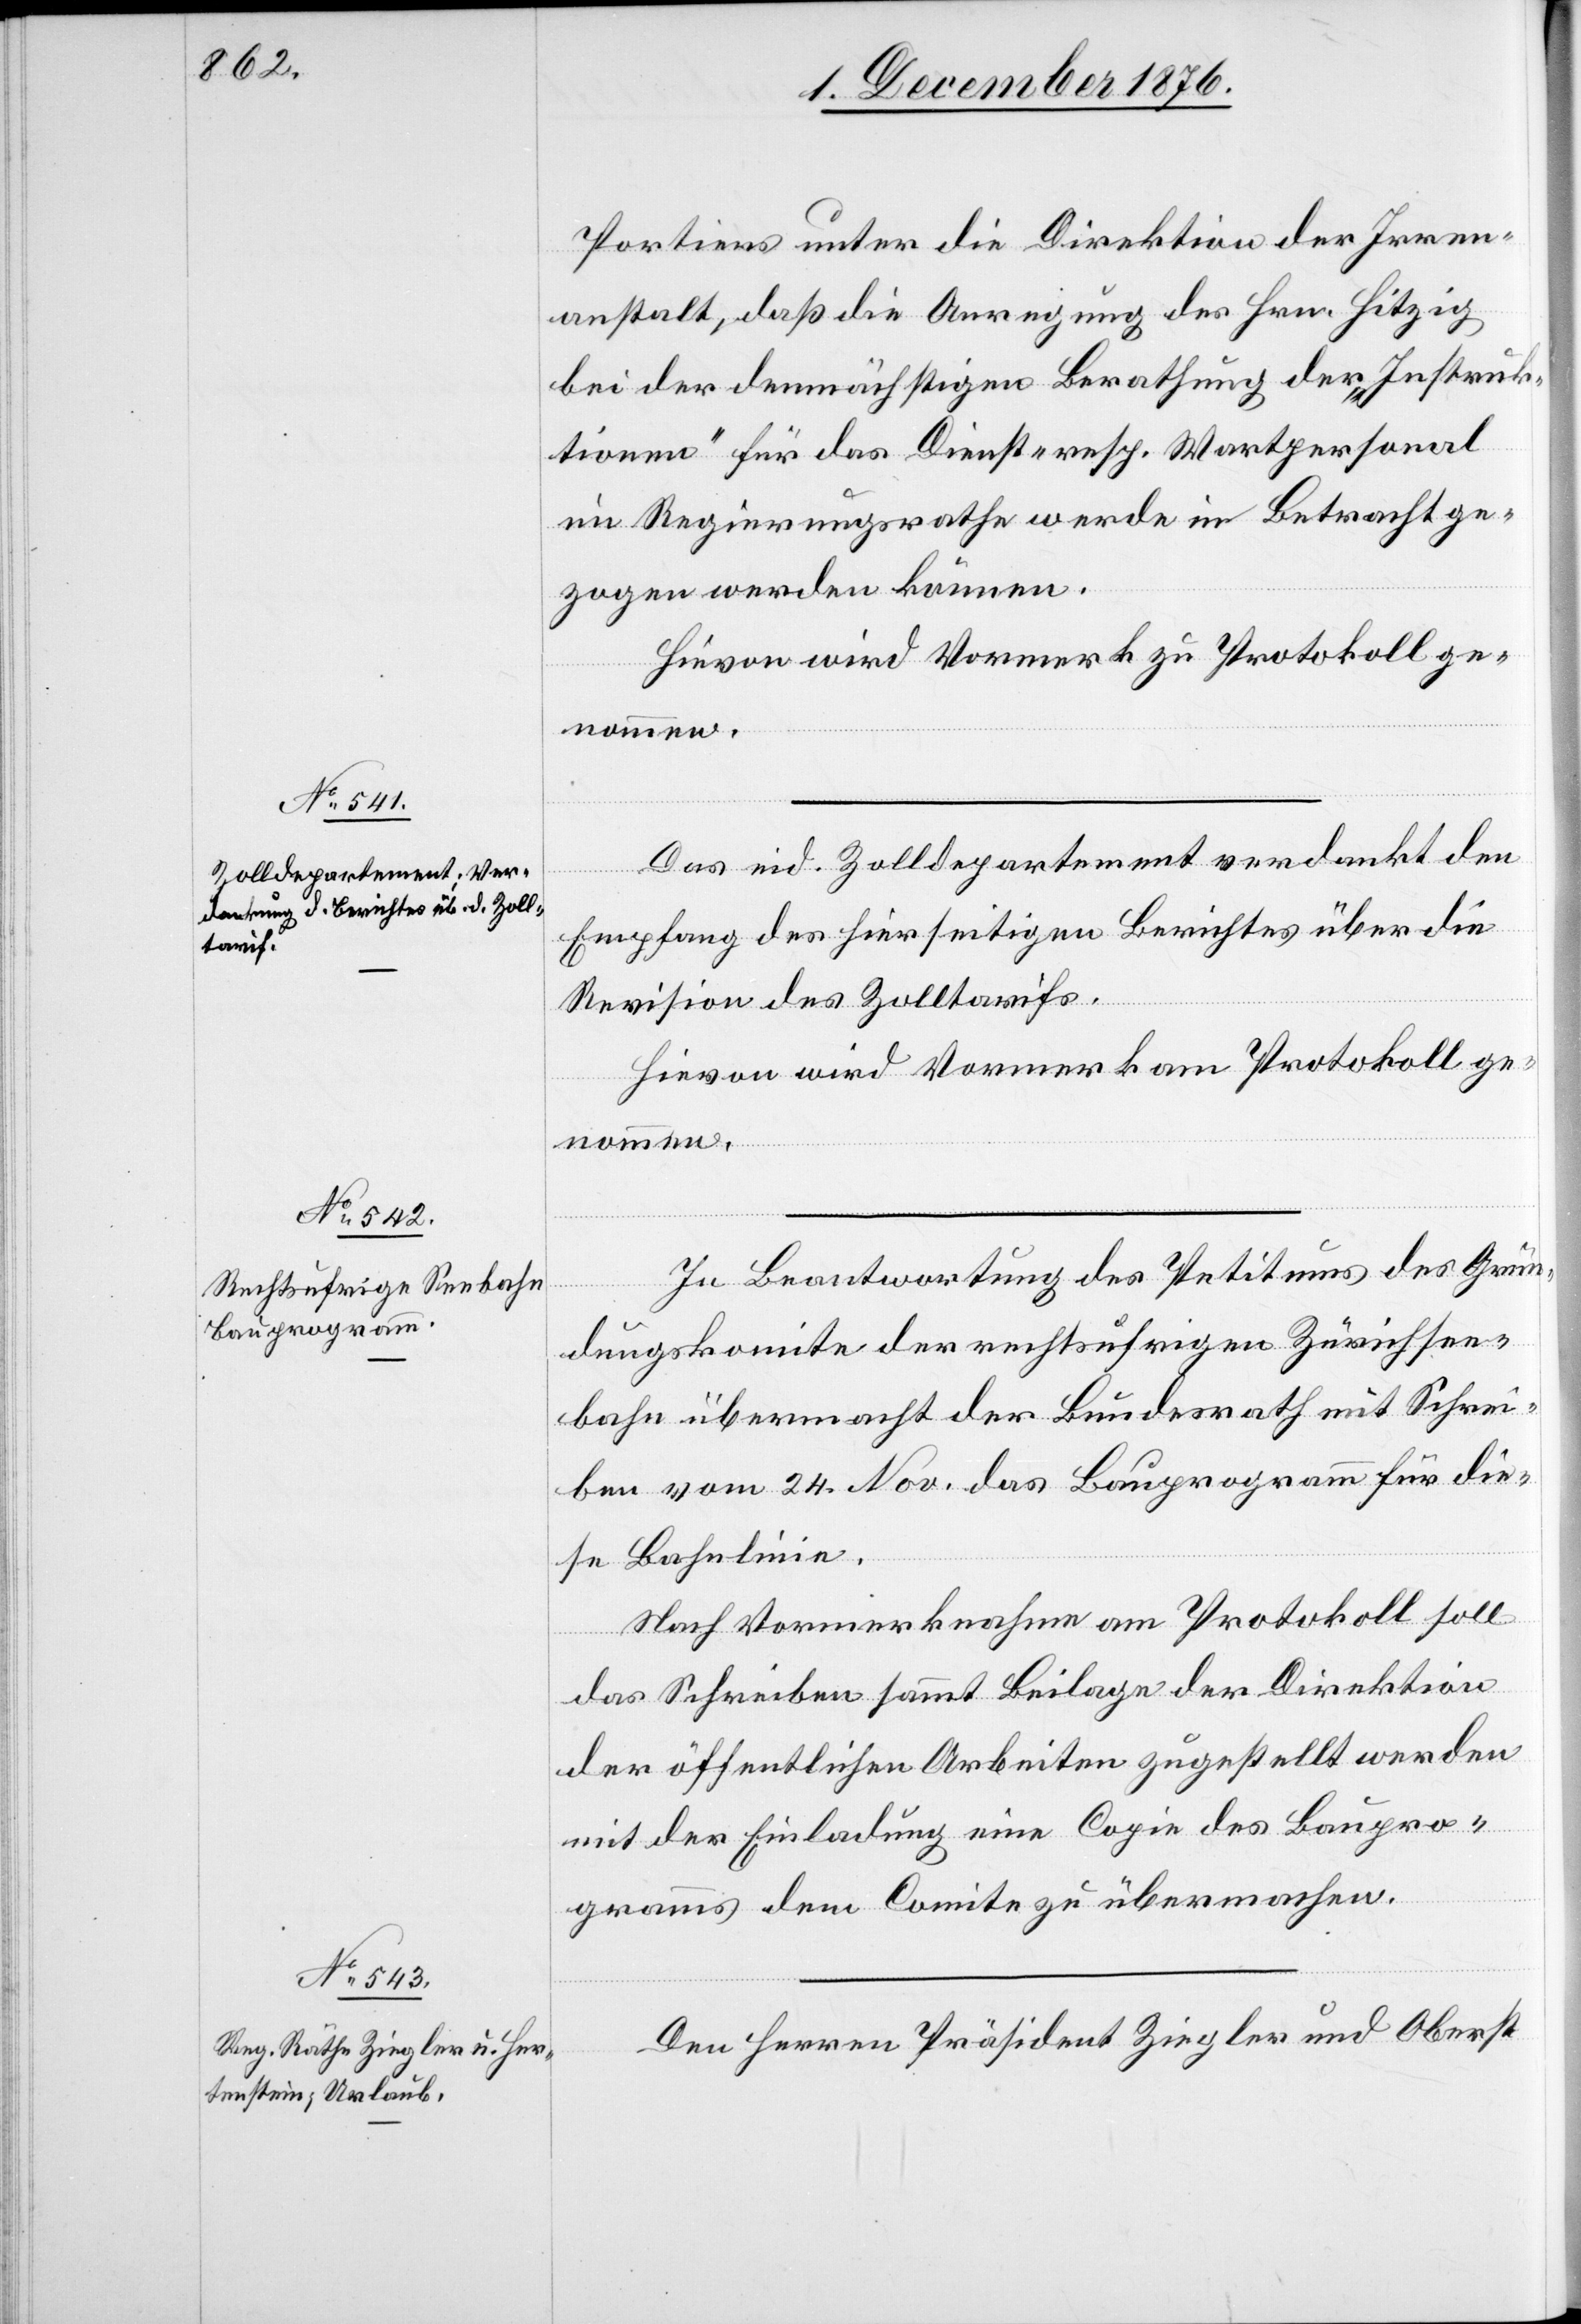
Portiers unter die Direktion der Irren¬
anstalt, daß die Anregung des Hrn. Hitzig
bei der demnächstigen Berathung der „Instruk¬
tionen“ für das Dienst- resp. Wartpersonal
im Regierungsrathe werde in Betracht ge¬
zogen werden können.
Hievon wird Vormerk zu Protokoll ge¬
nommen.
Das eid. Zolldepartement verdankt den
Empfang des hierseitigen Berichtes über die
Revision des Zolltarifs.
Hievon wird Vormerk am Protokoll ge¬
nommen.
In Beantwortung des Petitums des Grün¬
dungskomite der rechtsufrigen Zürichsee¬
bahn übermacht der Bundesrath mit Schrei¬
ben vom 24. Nov. das Bauprogramm für die¬
se Bahnlinie.
Nach Vormerknahme am Protokoll soll
das Schreiben sammt Beilage der Direktion
der öffentlichen Arbeiten zugestellt werden
mit der Einladung eine Copie des Baupro¬
gramms dem Comite zu übermachen.
Den Herren Präsident Ziegler und Oberst